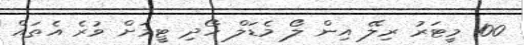
100 މީޓަރު ރިލޭ އިން ލޯ މެޑަލް ހޯދި ޓީމަށް ވުރެ އެތައް